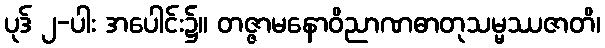
ပုဒ် ၂-ပါး အပေါင်း၌။ တဇ္ဇာမနောဝိညာဏဓာတုသမ္မဿဇာတိ၊